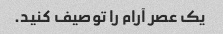
یک عصر آرام را توصیف کنید.